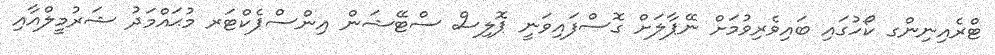
ޓްރެއިނިންގ ކޯހުގައި ބައިވެރިވުމަށް ނޭޕާލަށް ގޮސްފައިވަނީ ޕޮލިސް ސްޓޭޝަން އިންސްޕެކްޓަރ މުޙައްމަދު ޝަރުމީލްއާއި